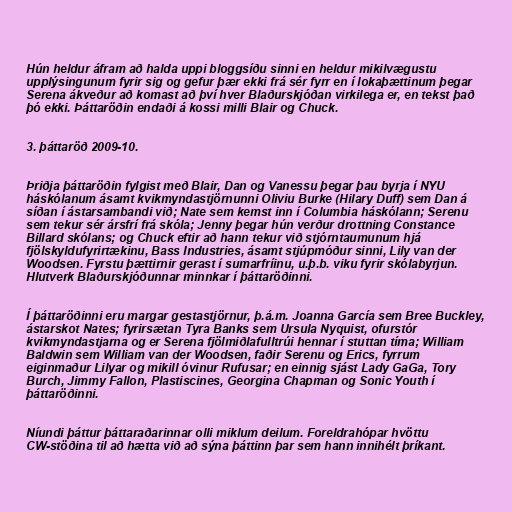
Hún heldur áfram að halda uppi bloggsíðu sinni en heldur mikilvægustu
upplýsingunum fyrir sig og gefur þær ekki frá sér fyrr en í lokaþættinum þegar
Serena ákveður að komast að því hver Blaðurskjóðan virkilega er, en tekst það
þó ekki. Þáttaröðin endaði á kossi milli Blair og Chuck.

3. þáttaröð 2009-10.

Þriðja þáttaröðin fylgist með Blair, Dan og Vanessu þegar þau byrja í NYU
háskólanum ásamt kvikmyndastjörnunni Oliviu Burke (Hilary Duff) sem Dan á
síðan í ástarsambandi við; Nate sem kemst inn í Columbia háskólann; Serenu
sem tekur sér ársfrí frá skóla; Jenny þegar hún verður drottning Constance
Billard skólans; og Chuck eftir að hann tekur við stjórntaumunum hjá
fjölskyldufyrirtækinu, Bass Industries, ásamt stjúpmóður sinni, Lily van der
Woodsen. Fyrstu þættirnir gerast í sumarfríinu, u.þ.b. viku fyrir skólabyrjun.
Hlutverk Blaðurskjóðunnar minnkar í þáttaröðinni.

Í þáttaröðinni eru margar gestastjörnur, þ.á.m. Joanna García sem Bree Buckley,
ástarskot Nates; fyrirsætan Tyra Banks sem Ursula Nyquist, ofurstór
kvikmyndastjarna og er Serena fjölmiðlafulltrúi hennar í stuttan tíma; William
Baldwin sem William van der Woodsen, faðir Serenu og Erics, fyrrum
eiginmaður Lilyar og mikill óvinur Rufusar; en einnig sjást Lady GaGa, Tory
Burch, Jimmy Fallon, Plastiscines, Georgina Chapman og Sonic Youth í
þáttaröðinni.

Níundi þáttur þáttaraðarinnar olli miklum deilum. Foreldrahópar hvöttu
CW-stöðina til að hætta við að sýna þáttinn þar sem hann innihélt þríkant.